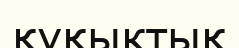
құқыктық